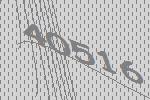
40516